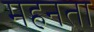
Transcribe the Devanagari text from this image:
महनता